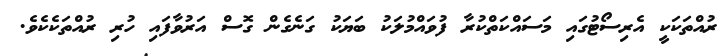
ރުއްތަކަކީ އެރިސޯޓުގައި މަސައްކަތްކުރާ ފުވައްމުލަކު ބަޔަކު ގަނެގެން ގޮސް އަރުވާފައި ހުރި ރުއްތަކެކެވެ.